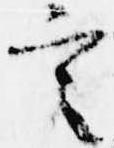
言